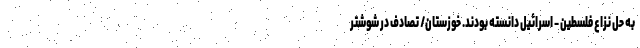
به حل نزاع فلسطین - اسرائیل دانسته بودند. خوزستان/ تصادف در شوشتر